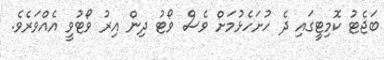
ބަޖެޓު ކޮމިޓީގައި ދެ ހުށަހެޅުމަށް ވެސް ވޯޓު ދިން އިރު ވޯޓުވީ އެއްވަރެވެ.